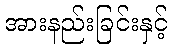
အားနည်းခြင်းနှင့်